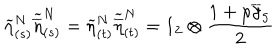
LaTeX: \widetilde { \eta } _ { ( s ) } ^ { N } \widetilde { \overline { { { \eta } } } } _ { ( s ) } ^ { N } = \widetilde { \eta } _ { ( t ) } ^ { N } \widetilde { \overline { { { \eta } } } } _ { ( t ) } ^ { N } = 1 _ { 2 } \otimes \frac { 1 + \rho \overline { { { \gamma } } } _ { 5 } } { 2 }